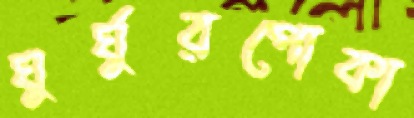
ঘুর্ঘুরপোকা